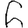
Digit: 6